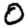
Digit: 0